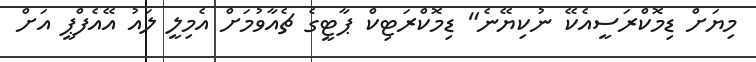
މިޔަށް ޑިމޮކްރަސީއެކޭ ނުކިޔޭނެ" ޑިމޮކްރަޓިކް ޕާޓީގެ ޗެއާވުމަށް އެމިލީ ލައު އޭއެފްޕީ އަށް